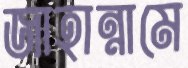
জাহান্নামে